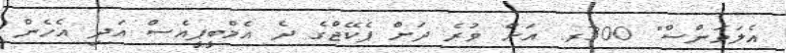
އެލަވަންސް" 300ރ. އަށް ވުރެ ދަށް ޕެކޭޖްގެ ދެ އެމްބީޕީއެސް އަދި އެހެން